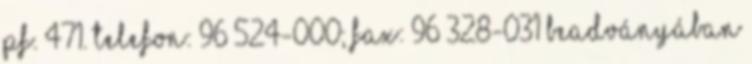
Pf. 471. Telefon: 96 524-000; Fax: 96 328-031 Beadványában